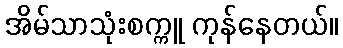
အိမ်သာသုံးစက္ကူ ကုန်နေတယ်။